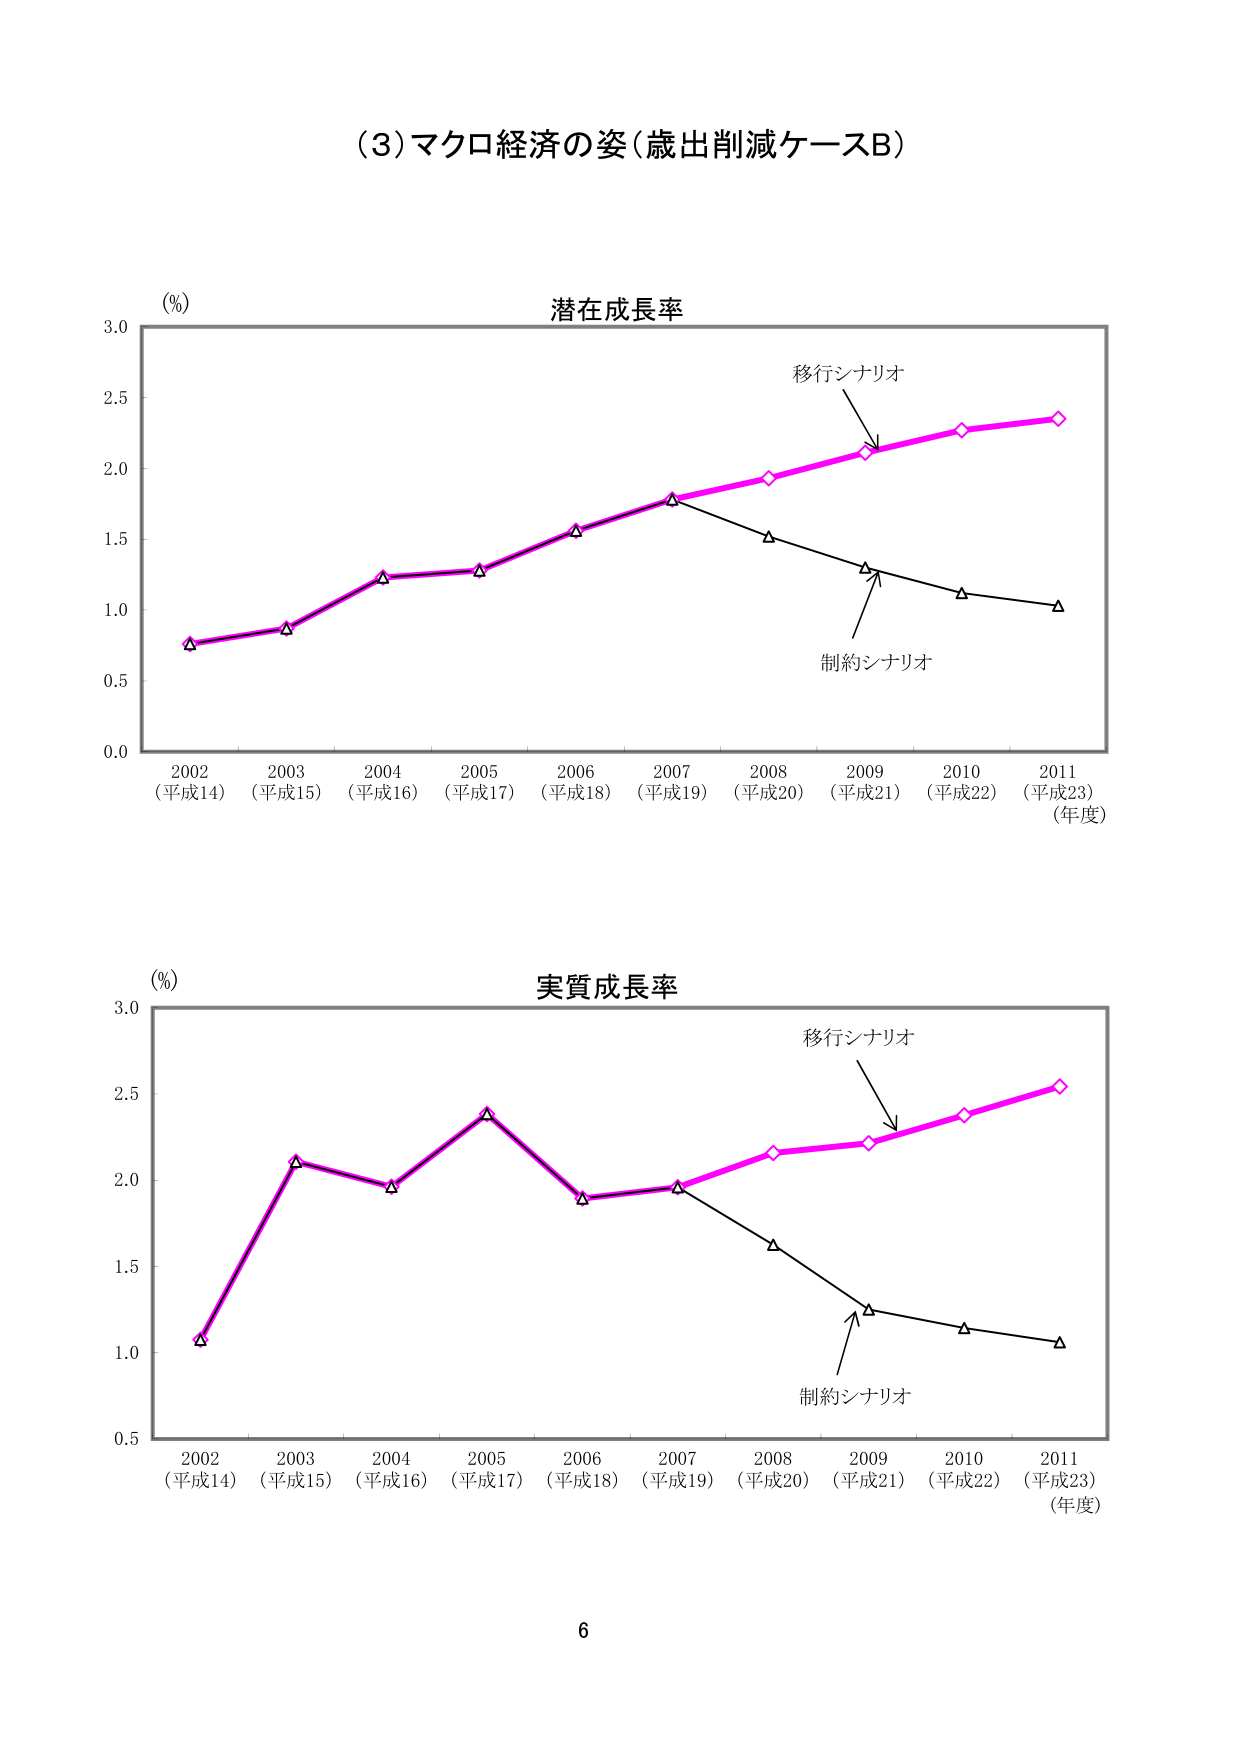
(3) マクロ経済の姿（歳出削減ケースB）

潜在成長率

(%)
3.0
2.5
2.0
1.5
1.0
0.5
0.0

2002
(平成14)
2003
(平成15)
2004
(平成16)
2005
(平成17)
2006
(平成18)
2007
(平成19)
2008
(平成20)
2009
(平成21)
2010
(平成22)
2011
(平成23)
(年度)

移行シナリオ
制約シナリオ

実質成長率

(%)
3.0
2.5
2.0
1.5
1.0
0.5

2002
(平成14)
2003
(平成15)
2004
(平成16)
2005
(平成17)
2006
(平成18)
2007
(平成19)
2008
(平成20)
2009
(平成21)
2010
(平成22)
2011
(平成23)
(年度)

移行シナリオ
制約シナリオ

6